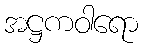
အဋ္ဌကဝါရော